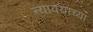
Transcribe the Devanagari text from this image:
न्यावयाच्या